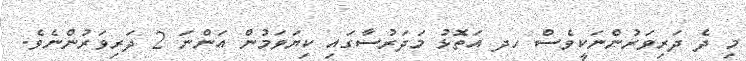
މި ދެ ދަރިވަރުންނަކީވެސް ހދ އަތޮޅު މަދަރުސާގައި ކިޔަވަމުން އަންނަ 2 ދަރިވަރުންނެވެ.